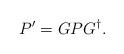
LaTeX: \begin{align*} P' = G P G^{\dagger} . \end{align*}